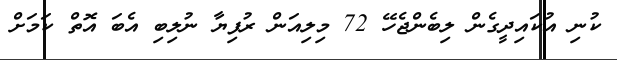
ކުނި އުކައިދީގެން ލިބެންޖެހޭ 72 މިލިއަން ރުފިޔާ ނުލިބި އެބަ އޮތް ކަމަށް